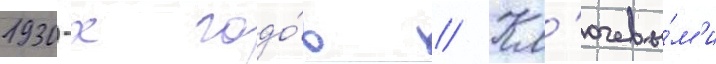
1930-х годо́в // Кл'ючевы́м'и